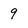
Character: 9